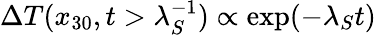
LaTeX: \Delta T(x_{30},t>\lambda_{S}^{-1})\propto\exp(-\lambda_{S}t)